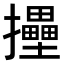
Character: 𢹮